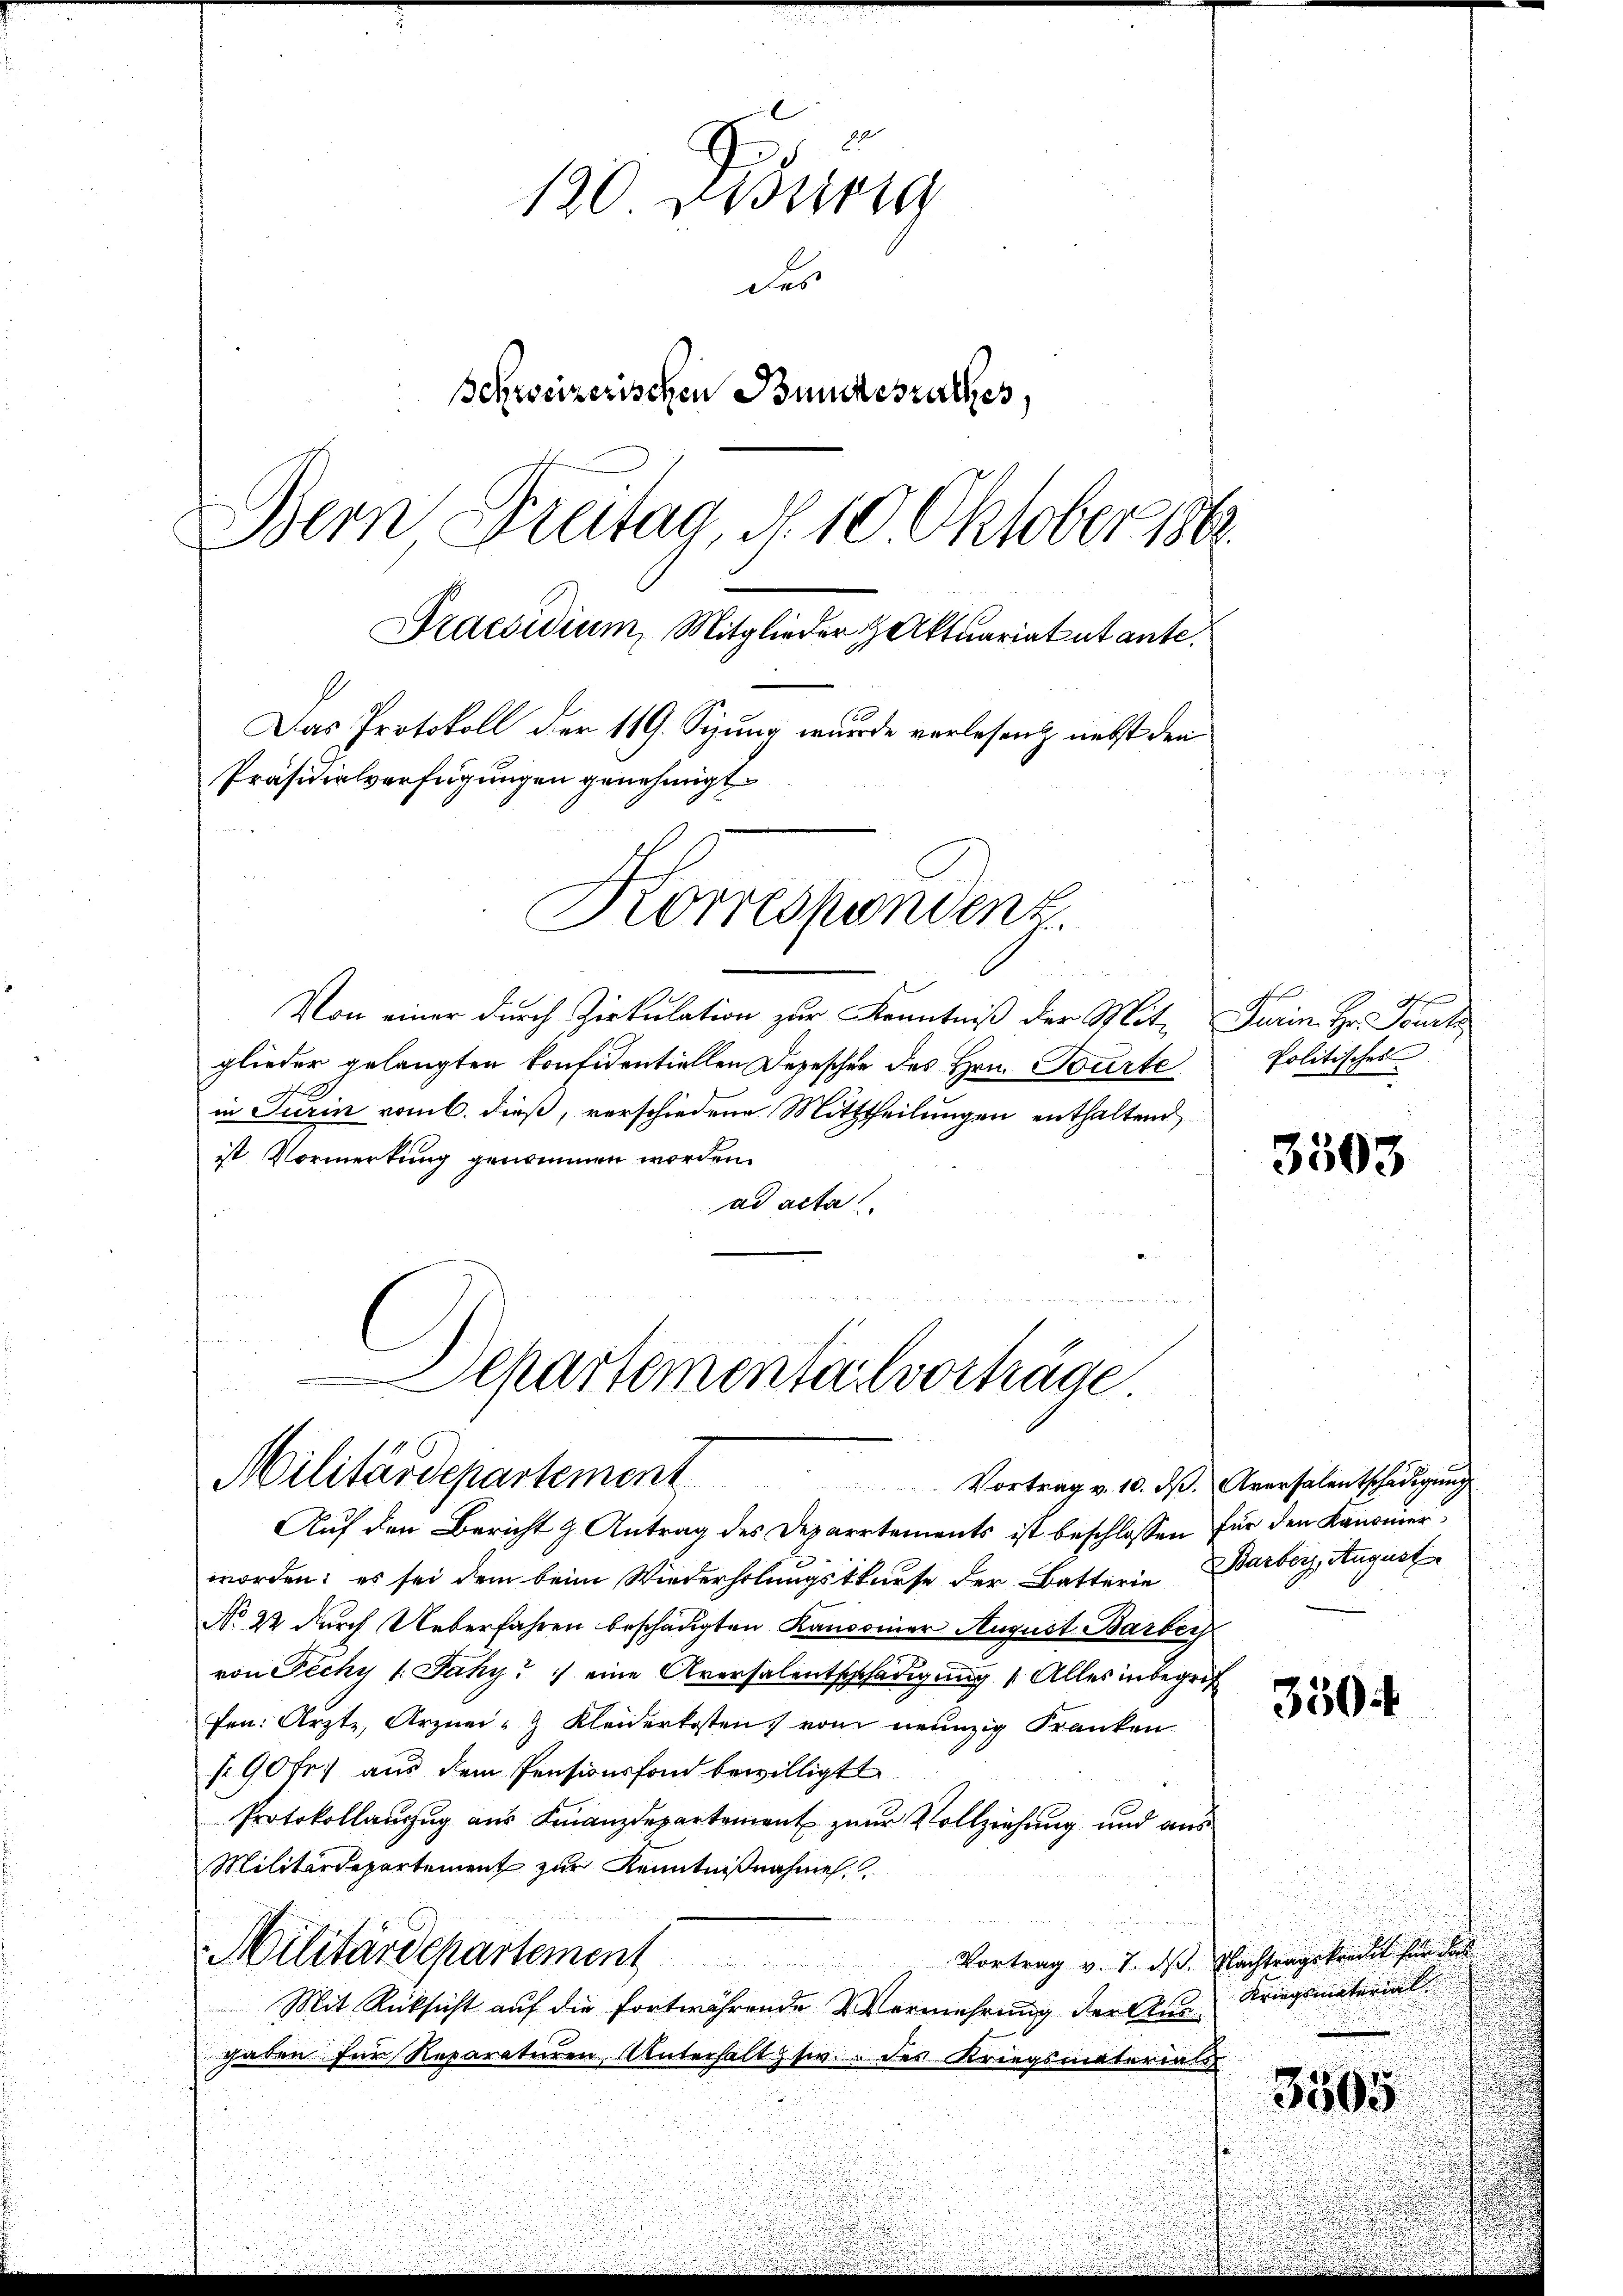
120 Mission
des
Schweizerischen Bundesrathes,
Bein Breitag, d. 10 Oktober 1862.
Praesidium, Mitglieder Aktuariat ut ante¬
Das Protokoll der 119. Sizung wurde verlesen nebst den
Präsidialverfügungen genehmigt

Korrespondenz
u

Von einer durch Zirkulation zur Kenntniß der Mit Turin Hr. Tourt
glieder gelangten konfidentiellen Depeschen des Hrn. Tourte
in Turin vom 6. dieß, verschiedene Mittheilungen enthaltend
ist Vormerkung genommen worden.
ad acta

Departementalverträge
Militärdepartement. Vortrag v. 10. ds. Anweselentschädigung
Auf den Bericht z. Antrag des Departements ist beschlossen für den Kanonier¬

worden; es sei dem beim Wiederholungsthause der Batterie arber, August
No 22 durch Ueberfahren beschädigten Kandonner August Barbey
von Pechy 1. Jahy") eine Aversalentschädigung „Alles inbegrif
fen: Arzte, Arznei - Kleiderkosten vom neunzig Franken
/90 fr. aus dem Pensionsfond bewilligt
Protokollanzug aus Finanzdepartement zur Vollziehung und aus
Militärdepartement zur Kenntnißnahme
Militärdepartement
Vortrag v. 7. ds. Nachtragskredit für das
Mit Rücksicht auf die fortwährende Vermehrung der Ausgaben für Reparaturen Unterhaltsw. des Kriegsmaterials

Politisches

3503

3504

Kriegsmaterial
3505.